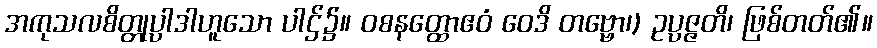
အကုသလစိတ္တုပ္ပါဒါဟူသော ပါဌ်၌။ ဝစနတ္ထောဧဝံ ဝေဒိ တဗ္ဗော၊) ဥပ္ပဇ္ဇတိ၊ ဖြစ်တတ်၏။